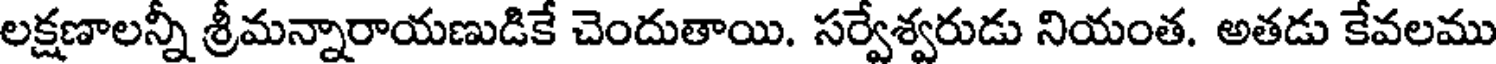
లక్షణాలన్నీ శ్రీమన్నారాయణుడికే చెందుతాయి. సర్వేశ్వరుడు నియంత. అతడు కేవలము